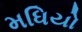
મધિયો